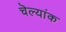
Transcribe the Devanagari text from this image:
चॆल्यांक